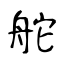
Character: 舵